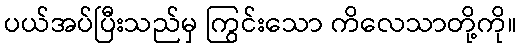
ပယ်အပ်ပြီးသည်မှ ကြွင်းသော ကိလေသာတို့ကို။